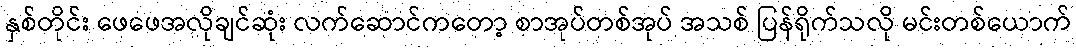
နှစ်တိုင်း ဖေဖေအလိုချင်ဆုံး လက်ဆောင်ကတော့ စာအုပ်တစ်အုပ် အသစ် ပြန်ရိုက်သလို မင်းတစ်ယောက်